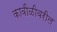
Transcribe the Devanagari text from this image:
कावीळीवरील